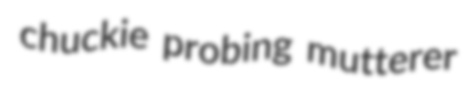
chuckie probing mutterer